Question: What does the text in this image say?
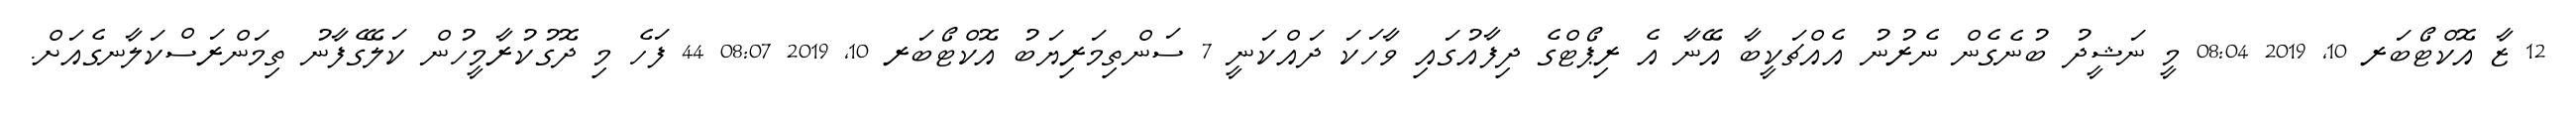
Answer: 12 ޒާ އޮކްޓޯބަރ 10, 2019 08:04 މީ ނަޝީދު ބުނެގެން ނެރުނު އެއްޗަކީބާ އޭނާ އެ ރިޕޯޓްގެ ދިފާއުގައި ވާހަކަ ދައްކަނީ 7 ސަންތިމަރިޔަބު އޮކްޓޯބަރ 10, 2019 08:07 44 ފަހެ މި ދޮގުކުރާމީހުން ކަލޭގެފާނު ތިމަންރަސްކަލާނގެއަށް.